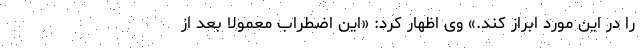
را در این مورد ابراز کند.» وی اظهار کرد: «این اضطراب معمولا بعد از